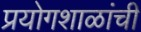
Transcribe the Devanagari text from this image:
प्रयोगशाळांची